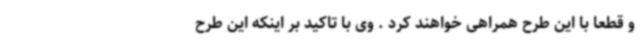
و قطعا با این طرح همراهی خواهند کرد . وی با تاکید بر اینکه این طرح